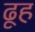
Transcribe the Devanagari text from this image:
ढूह